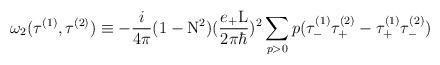
LaTeX: \begin{align*}{\omega}_{2}({\tau}^{(1)} , {\tau}^{(2)}) \equiv- \frac{i}{4\pi} (1-{\rm N}^2) (\frac{e_{+}{\rm L}}{2{\pi}{\hbar}})^2 \sum_{p>0} p ({\tau }_{-}^{(1)} {\tau }_{+}^{(2)} - {\tau}_{+}^{(1)} {\tau}_{-}^{(2)})\end{align*}